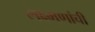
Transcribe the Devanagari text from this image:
लक्ष्मणांची